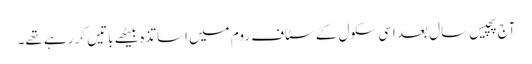
آج پچیس سال بعد اسی سکول کے سٹاف روم میں اساتذہ بیٹھے باتیں کر رہے تھے۔